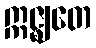
ဣဇ္ဈတေ